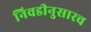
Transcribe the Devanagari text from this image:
निवडीनुसारच